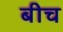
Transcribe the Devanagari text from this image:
बीच